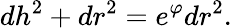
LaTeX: dh^{2}+dr^{2}=e^{\varphi}dr^{2}.